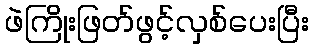
ဖဲကြိုးဖြတ်ဖွင့်လှစ်ပေးပြီး